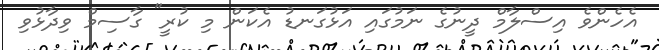
އެހެންވެ އިސްލާމް ދީނުގެ ނަމުގައި އަޅުގަނޑު އެކަން މި ކުރީ" ގާސިމް ވިދާޅުވި